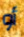
أو